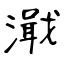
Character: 濈